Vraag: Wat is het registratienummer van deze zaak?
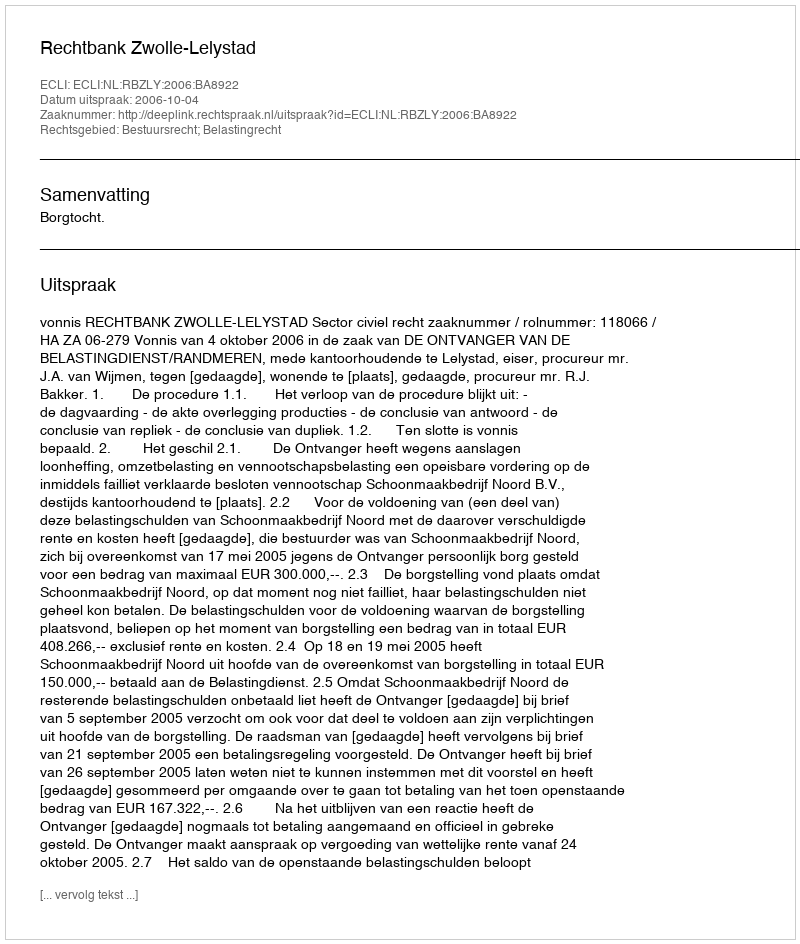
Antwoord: http://deeplink.rechtspraak.nl/uitspraak?id=ECLI:NL:RBZLY:2006:BA8922